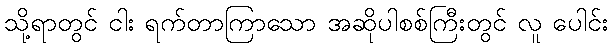
သို့ရာတွင် ငါး ရက်တာကြာသော အဆိုပါစစ်ကြီးတွင် လူ ပေါင်း